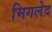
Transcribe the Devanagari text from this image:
मिगलेद